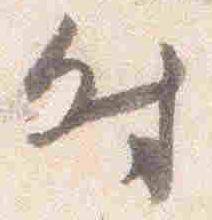
付